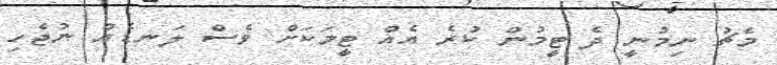
މެޗު ނިމުނީ ދެ ޓީމުން ކުރެ އެއް ޓީމަކަށް ވެސް ލަނޑެއް ނުޖެހި